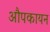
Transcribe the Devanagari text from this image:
औपकायन